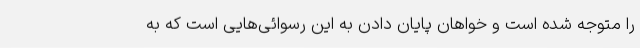
را متوجه شده است و خواهان پایان دادن به این رسوائی‌هایی است که به